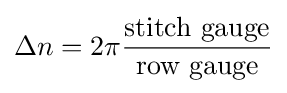
\Delta n=2\pi {\frac {\mathrm {stitch\ gauge} }{\mathrm {row\ gauge} }}